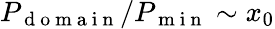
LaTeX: P_{\mathrm{~d~o~m~a~i~n~}}/P_{\mathrm{~m~i~n~}}\sim x_{0}